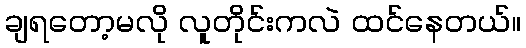
ချရတော့မလို လူတိုင်းကလဲ ထင်နေတယ်။